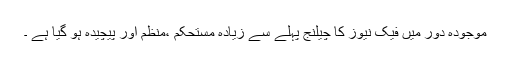
موجودہ دور میں فیک نیوز کا چیلنج پہلے سے زیادہ مستحکم ،منظم اور پیچیدہ ہو گیا ہے ۔